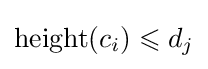
\operatorname {height} (c_{i})\leqslant d_{j}